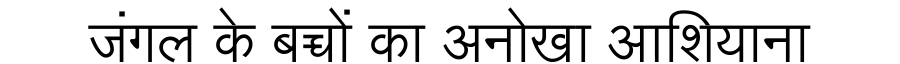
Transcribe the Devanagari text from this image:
जंगल के बच्चों का अनोखा आशियाना